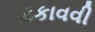
ટકાવવી